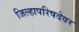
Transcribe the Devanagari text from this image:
जिल्हापरिषदेवर